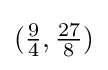
({\tfrac {9}{4}},{\tfrac {27}{8}})